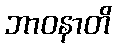
ဘာဝနာတိ